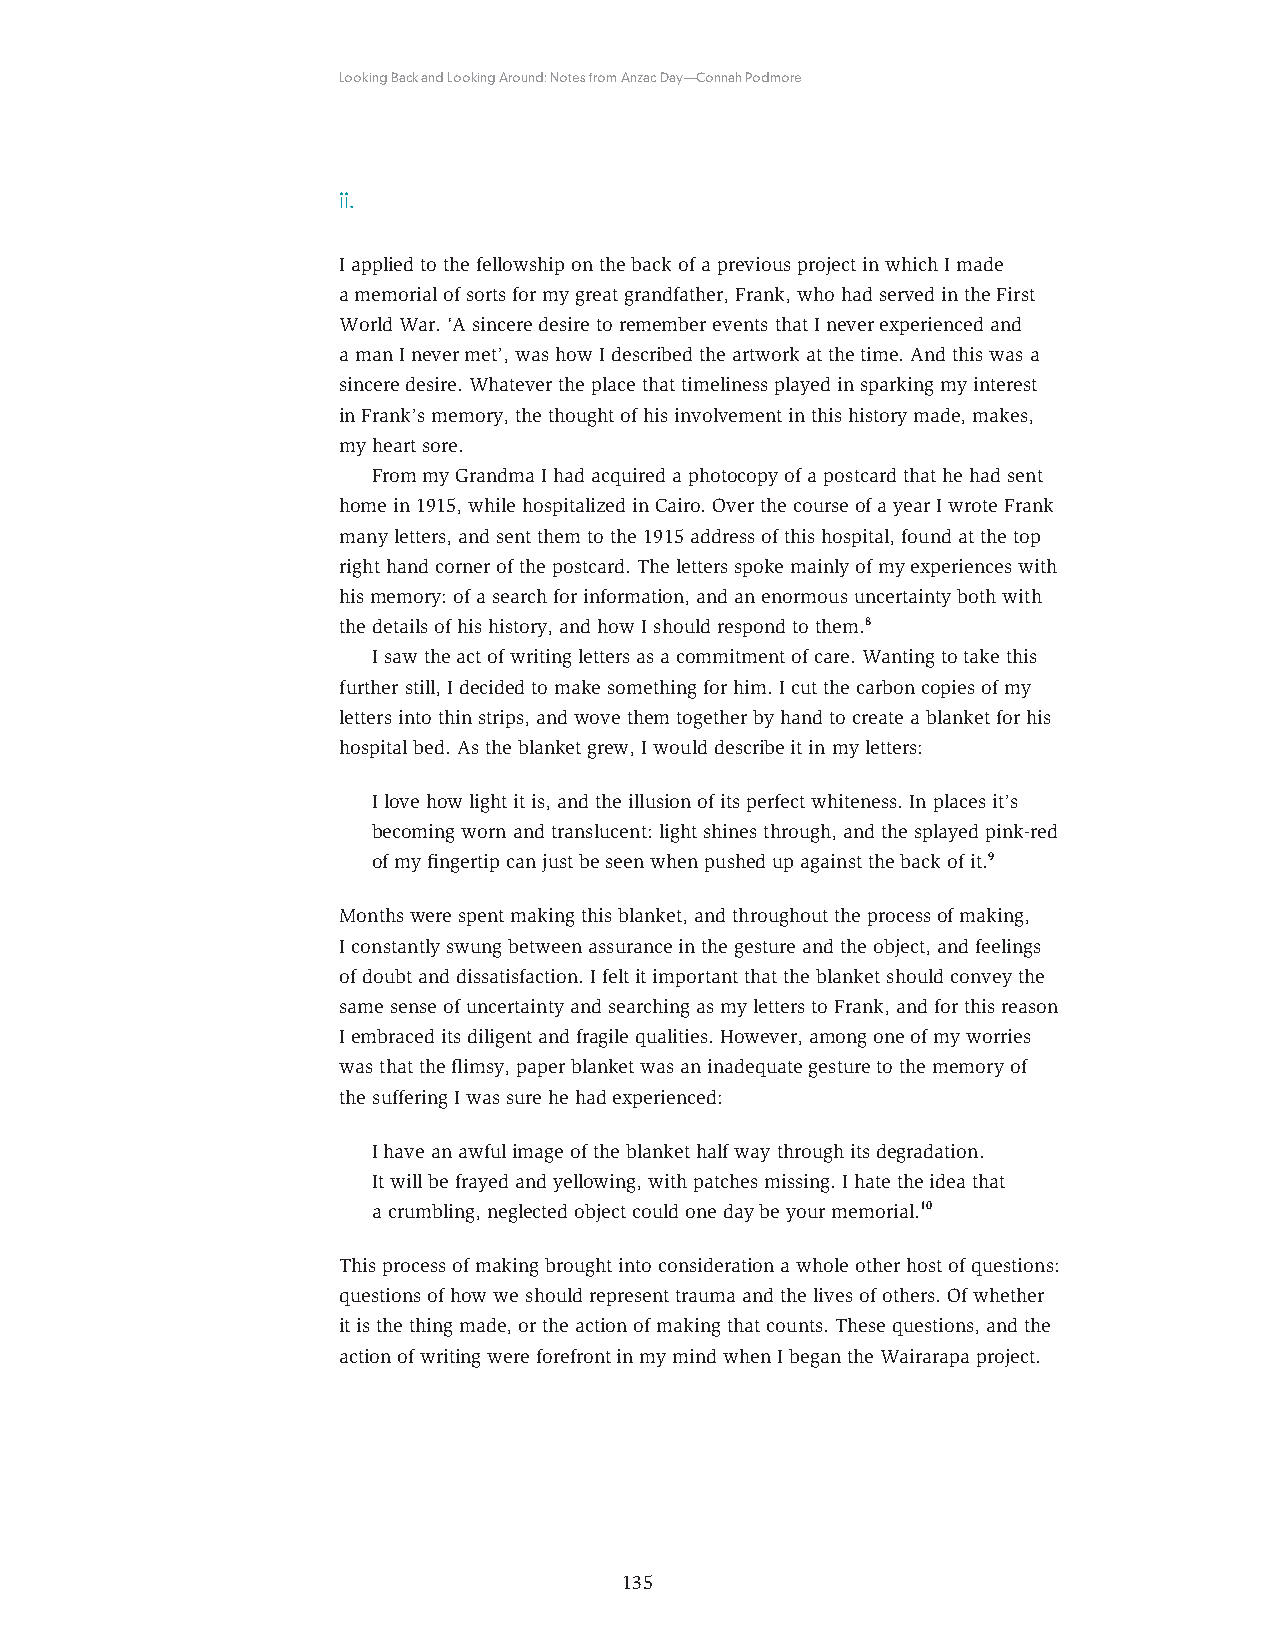
Looking Back and Looking Around: Notes from Anzac Day—Connah Podmore
 ii.
 I applied to the fellowship on the back of a previous project in which I made
 a memorial of sorts for my great grandfather, Frank, who had served in the First
 World War. ‘A sincere desire to remember events that I never experienced and
 a man I never met’, was how I described the artwork at the time. And this was a
 sincere desire. Whatever the place that timeliness played in sparking my interest
 in Frank’s memory, the thought of his involvement in this history made, makes,
 my heart sore.
 From my Grandma I had acquired a photocopy of a postcard that he had sent
 home in 1915, while hospitalized in Cairo. Over the course of a year I wrote Frank
 many letters, and sent them to the 1915 address of this hospital, found at the top
 right hand corner of the postcard. The letters spoke mainly of my experiences with
 his memory: of a search for information, and an enormous uncertainty both with
 the details of his history, and how I should respond to them.8
 I saw the act of writing letters as a commitment of care. Wanting to take this
 further still, I decided to make something for him. I cut the carbon copies of my
 letters into thin strips, and wove them together by hand to create a blanket for his
 hospital bed. As the blanket grew, I would describe it in my letters:
 I love how light it is, and the illusion of its perfect whiteness. In places it’s
 becoming worn and translucent: light shines through, and the splayed pink-red
 of my fingertip can just be seen when pushed up against the back of it.9
 Months were spent making this blanket, and throughout the process of making,
 I constantly swung between assurance in the gesture and the object, and feelings
 of doubt and dissatisfaction. I felt it important that the blanket should convey the
 same sense of uncertainty and searching as my letters to Frank, and for this reason
 I embraced its diligent and fragile qualities. However, among one of my worries
 was that the flimsy, paper blanket was an inadequate gesture to the memory of
 the suffering I was sure he had experienced:
 I have an awful image of the blanket half way through its degradation.
 It will be frayed and yellowing, with patches missing. I hate the idea that
 a crumbling, neglected object could one day be your memorial.10
 This process of making brought into consideration a whole other host of questions:
 questions of how we should represent trauma and the lives of others. Of whether
 it is the thing made, or the action of making that counts. These questions, and the
 action of writing were forefront in my mind when I began the Wairarapa project.
 135